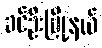
ခင်ဦးမြို့နယ်